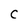
Character: C